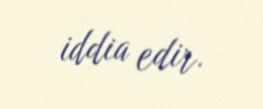
iddia edir.